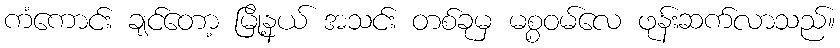
ကံကောင်း ချင်တော့ မြို့နယ် အသင်း တစ်ခုမှ မစ္စဝမ်လေ ဖုန်းဆက်လာသည်။